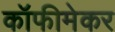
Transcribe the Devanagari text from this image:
कॉफीमेकर